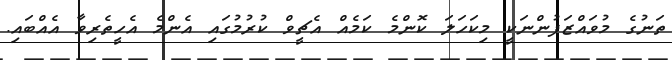
ތަނުގެ މުވައްޒަފުންނަކީ މިކަހަލަ ކޮންމެ ކަމެއް އެޗީވް ކުރުމުގައި އެންމެ އެހީތެރިވާ އެއްބައި.